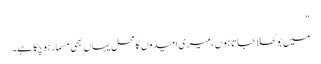
"
میں بوکھلا جاتا ہوں ، میری امیدوں کا محل یہاں بھی مسمار ہو چکا ہے۔